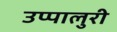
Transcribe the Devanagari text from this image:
उप्पालुरी